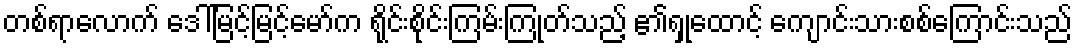
တစ်ရာလောက် ဒေါ်မြင့်မြင့်မော်က ရိုင်းစိုင်းကြမ်းကြုတ်သည့် ၏ရှုထောင့် ကျောင်းသားစစ်ကြောင်းသည်